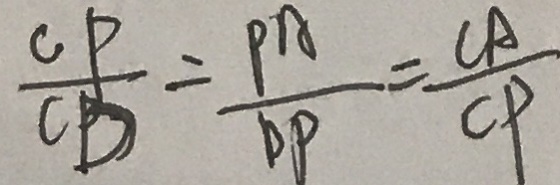
\frac { C P } { C D } = \frac { P A } { D P } = \frac { C A } { C P }